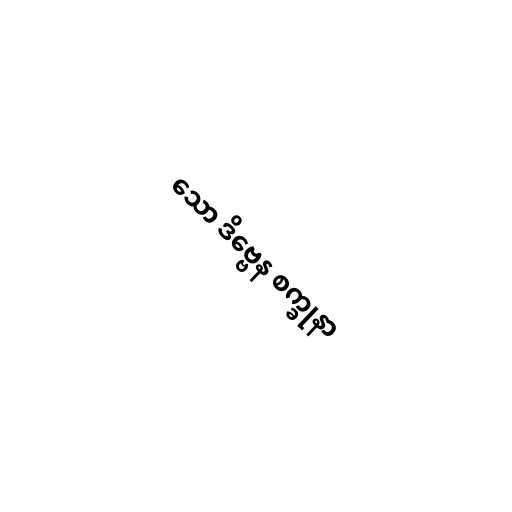
သော ဒိဗ္ဗေန စက္ခုနာ